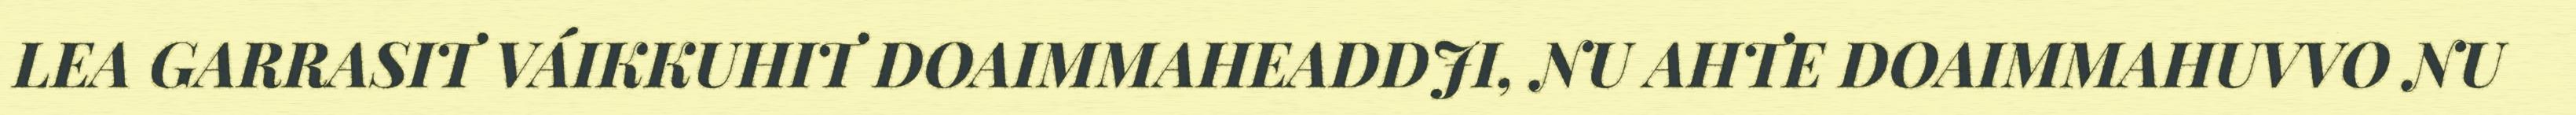
LEA GARRASIT VÁIKKUHIT DOAIMMAHEADDJI, NU AHTE DOAIMMAHUVVO NU